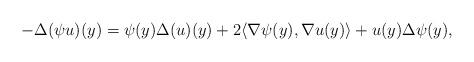
LaTeX: \begin{align*} - \Delta (\psi u)(y) = \psi(y) \Delta (u)(y) + 2\langle \nabla \psi (y), \nabla u (y)\rangle + u(y) \Delta \psi (y) ,\end{align*}